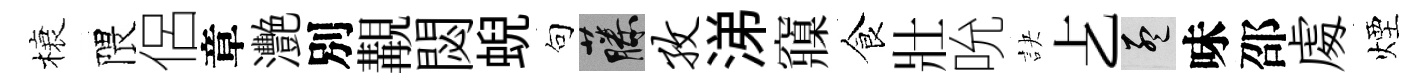
榱隈侶章灧別覯閟蜺句藤孜涕䆿食壯吮訣𠧒孟味邵䖏煙